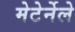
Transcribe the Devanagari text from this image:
मेटेर्नेले